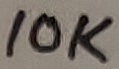
Text: 10K